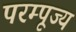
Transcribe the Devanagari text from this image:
परम्पूज्य